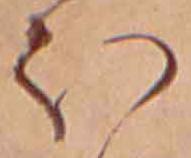
ほ